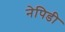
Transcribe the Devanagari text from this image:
नेपिडी